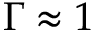
\Gamma \approx 1